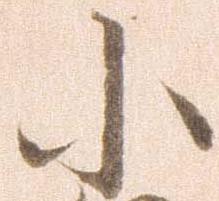
小